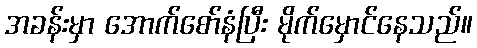
အခန်းမှာ အောက်စော်နံပြီး မိုက်မှောင်နေသည်။